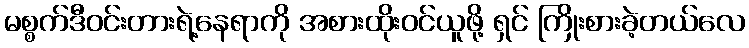
မစ္စက်ဒီဝင်းတားရဲ့နေရာကို အစားထိုးဝင်ယူဖို့ ရှင် ကြိုးစားခဲ့တယ်လေ